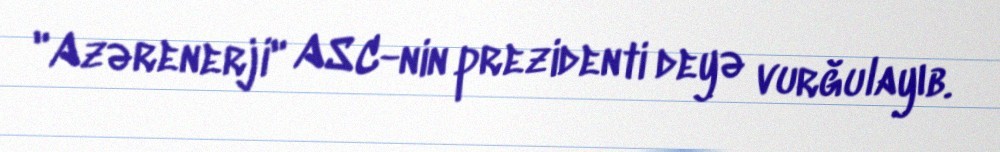
"Azərenerji" ASC-nin prezidenti deyə vurğulayıb.